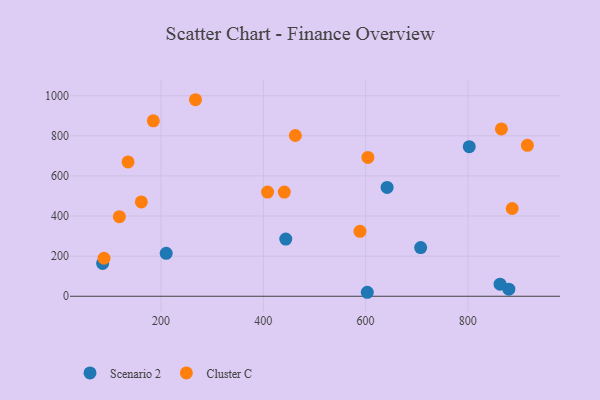
{"axis": {"x": "Engine Size", "y": "Salary"}, "legend": ["Cluster C", "Scenario 2"], "data": [{"x": "642.1", "y": 542.4, "type": "Scenario 2"}, {"x": "210.0", "y": 214.0, "type": "Scenario 2"}, {"x": "443.9", "y": 285.2, "type": "Scenario 2"}, {"x": "802.7", "y": 745.9, "type": "Scenario 2"}, {"x": "707.7", "y": 242.5, "type": "Scenario 2"}, {"x": "85.7", "y": 163.6, "type": "Scenario 2"}, {"x": "880.2", "y": 35.5, "type": "Scenario 2"}, {"x": "603.3", "y": 19.8, "type": "Scenario 2"}, {"x": "863.0", "y": 60.2, "type": "Scenario 2"}, {"x": "118.4", "y": 396.8, "type": "Cluster C"}, {"x": "408.3", "y": 519.5, "type": "Cluster C"}, {"x": "462.6", "y": 801.4, "type": "Cluster C"}, {"x": "441.0", "y": 519.3, "type": "Cluster C"}, {"x": "184.8", "y": 874.9, "type": "Cluster C"}, {"x": "604.5", "y": 692.3, "type": "Cluster C"}, {"x": "267.3", "y": 979.9, "type": "Cluster C"}, {"x": "916.4", "y": 752.3, "type": "Cluster C"}, {"x": "865.6", "y": 834.1, "type": "Cluster C"}, {"x": "88.4", "y": 189.5, "type": "Cluster C"}, {"x": "886.7", "y": 437.4, "type": "Cluster C"}, {"x": "589.0", "y": 323.8, "type": "Cluster C"}, {"x": "161.4", "y": 470.4, "type": "Cluster C"}, {"x": "135.4", "y": 669.7, "type": "Cluster C"}]}